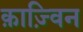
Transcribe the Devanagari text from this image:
क़ाज़्विन